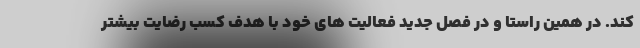
کند. در همین راستا و در فصل جدید فعالیت های خود با هدف کسب رضایت بیشتر